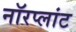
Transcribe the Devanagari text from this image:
नॉरप्लांट